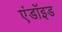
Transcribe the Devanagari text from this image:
एंडॉइड